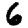
Digit: 6